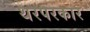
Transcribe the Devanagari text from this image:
थरपरकार